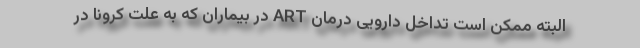
البته ممکن است تداخل دارویی درمان ART در بیماران که به علت کرونا در